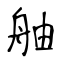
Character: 舳